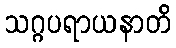
သဂ္ဂပရာယနာတိ